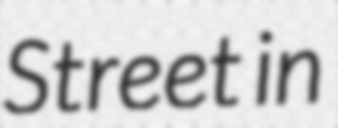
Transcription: Street in